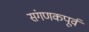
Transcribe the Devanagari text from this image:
संगणकपूर्व